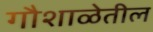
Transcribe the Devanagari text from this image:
गौशाळेतील